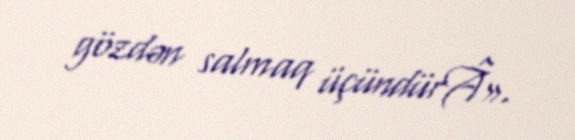
gözdən salmaq üçündürÂ».